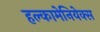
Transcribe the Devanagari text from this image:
हल्कामेनियेक्स